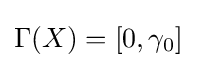
\Gamma (X)=[0,\gamma _{0}]